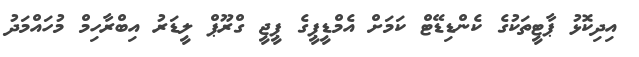
އިދިކޮޅު ޕާޓީތަކުގެ ކެންޑިޑޭޓް ކަމަށް އެމްޑީޕީގެ ޕީޖީ ގްރޫޕް ލީޑަރު އިބްރާހިމް މުހައްމަދު